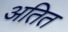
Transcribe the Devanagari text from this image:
अतित